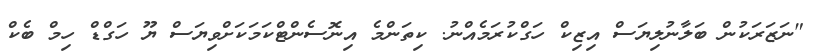
"ނަޒަރަކުން ބަލާނުލިޔަސް އިޒިކް ހަގްކުރަމެއްނު. ކިތަންމެ އިނޮސެންޓްކަމަކަށްވިޔަސް ޔޫ ހަގްޑް ހިމް ބެކް